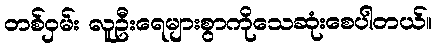
တစ်ဝှမ်း လူဦးရေများစွာကိုသေဆုံးစေပါတယ်။